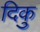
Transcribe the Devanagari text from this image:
दिकु